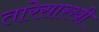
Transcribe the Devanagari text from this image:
तारेसारखी